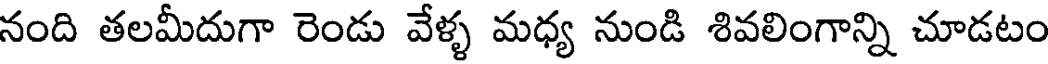
నంది తలమీదుగా రెండు వేళ్ళ మధ్య నుండి శివలింగాన్ని చూడటం